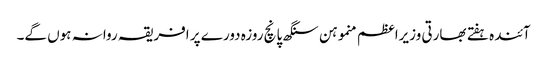
آئندہ ہفتے بھارتی وزیراعظم منموہن سنگھ پانچ روزہ دورے پر افریقہ روانہ ہوں گے۔